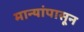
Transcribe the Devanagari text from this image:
मान्यांपासून